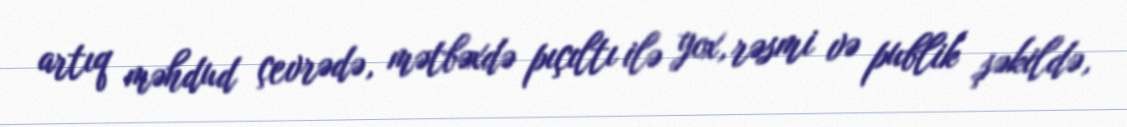
artıq məhdud çevrədə, mətbəxdə pıçıltı ilə yox, rəsmi və publik şəkildə,